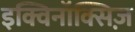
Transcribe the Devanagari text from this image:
इक्विनॉक्सिज़